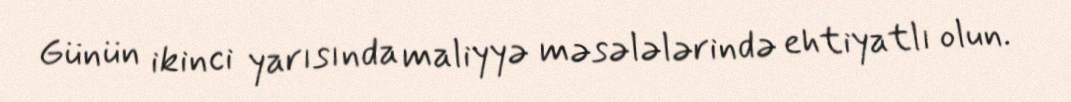
Günün ikinci yarısında maliyyə məsələlərində ehtiyatlı olun.